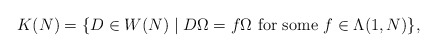
\begin{align*}K(N) = \lbrace D \in W(N)\mid D\Omega = f\Omega \hbox{ for some }f\in \Lambda(1, N)\rbrace,\end{align*}